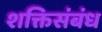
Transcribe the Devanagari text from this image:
शक्तिसंबंध